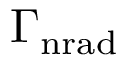
\Gamma _ { \mathrm { n r a d } }